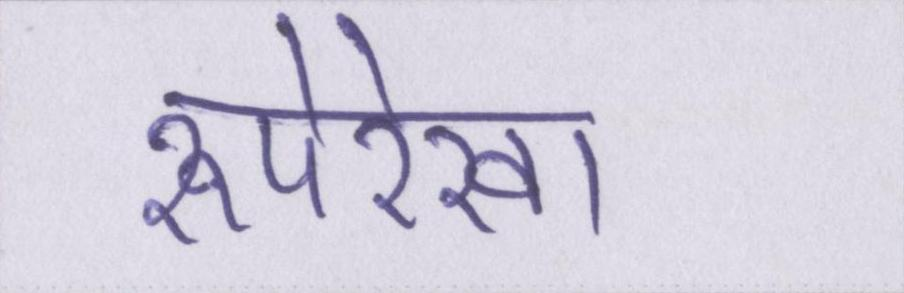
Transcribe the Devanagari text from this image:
रूपरेखा